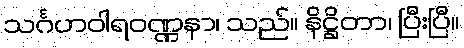
သင်္ဂဟဝါရဝဏ္ဏနာ၊ သည်။ နိဋ္ဌိတာ၊ ပြီးပြီ။